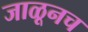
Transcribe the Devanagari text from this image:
जाळूनच